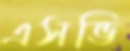
এসভি